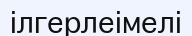
ілгерлеімелі